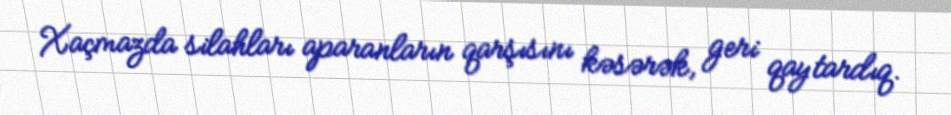
Xaçmazda silahları aparanların qarşısını kəsərək, geri qaytardıq.